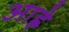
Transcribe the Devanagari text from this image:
आह्रे